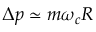
\Delta p \simeq m \omega _ { c } R